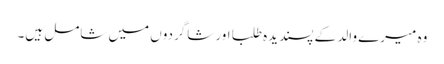
وہ میرے والد کے پسندیدہ طلبا اور شاگردوں میں شامل ہیں۔